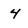
Character: 4